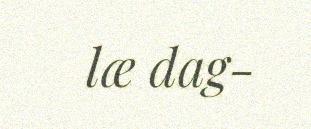
læ dag-